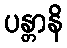
ပန္တာနိ